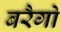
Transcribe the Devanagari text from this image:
बरैगो